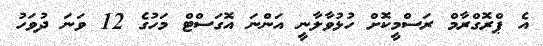
އެ ޕްރޮގްރާމް ރަސްމީކޮށް ހުޅުވާލާނީ އަންނަ އޮގަސްޓް މަހުގެ 12 ވަނަ ދުވަހު